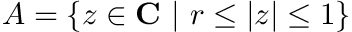
A = \left\{ z \in { \bf C } \ | \ r \le | z | \le 1 \right\}